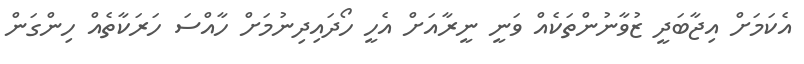
އެކަމަށް އިޖާބަދީ ޒުވާނުންތަކެއް ވަނީ ނީރާއަށް އެހީ ހޯދައިދިނުމަށް ހާއްސަ ހަރަކާތެއް ހިންގަން